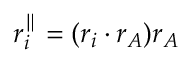
r _ { i } ^ { \parallel } = ( r _ { i } \cdot r _ { A } ) r _ { A }